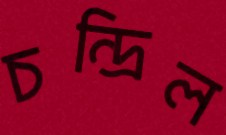
চন্দ্রিল